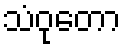
သံဝုတော